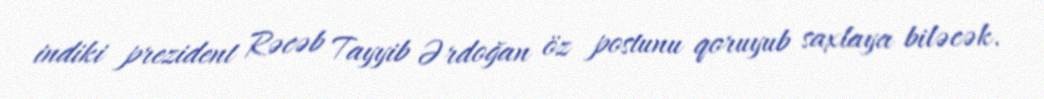
indiki prezident Rəcəb Tayyib Ərdoğan öz postunu qoruyub saxlaya biləcək.